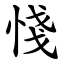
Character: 㥇